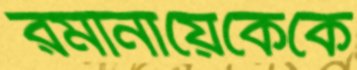
রমানায়েকেকে